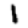
Digit: 1